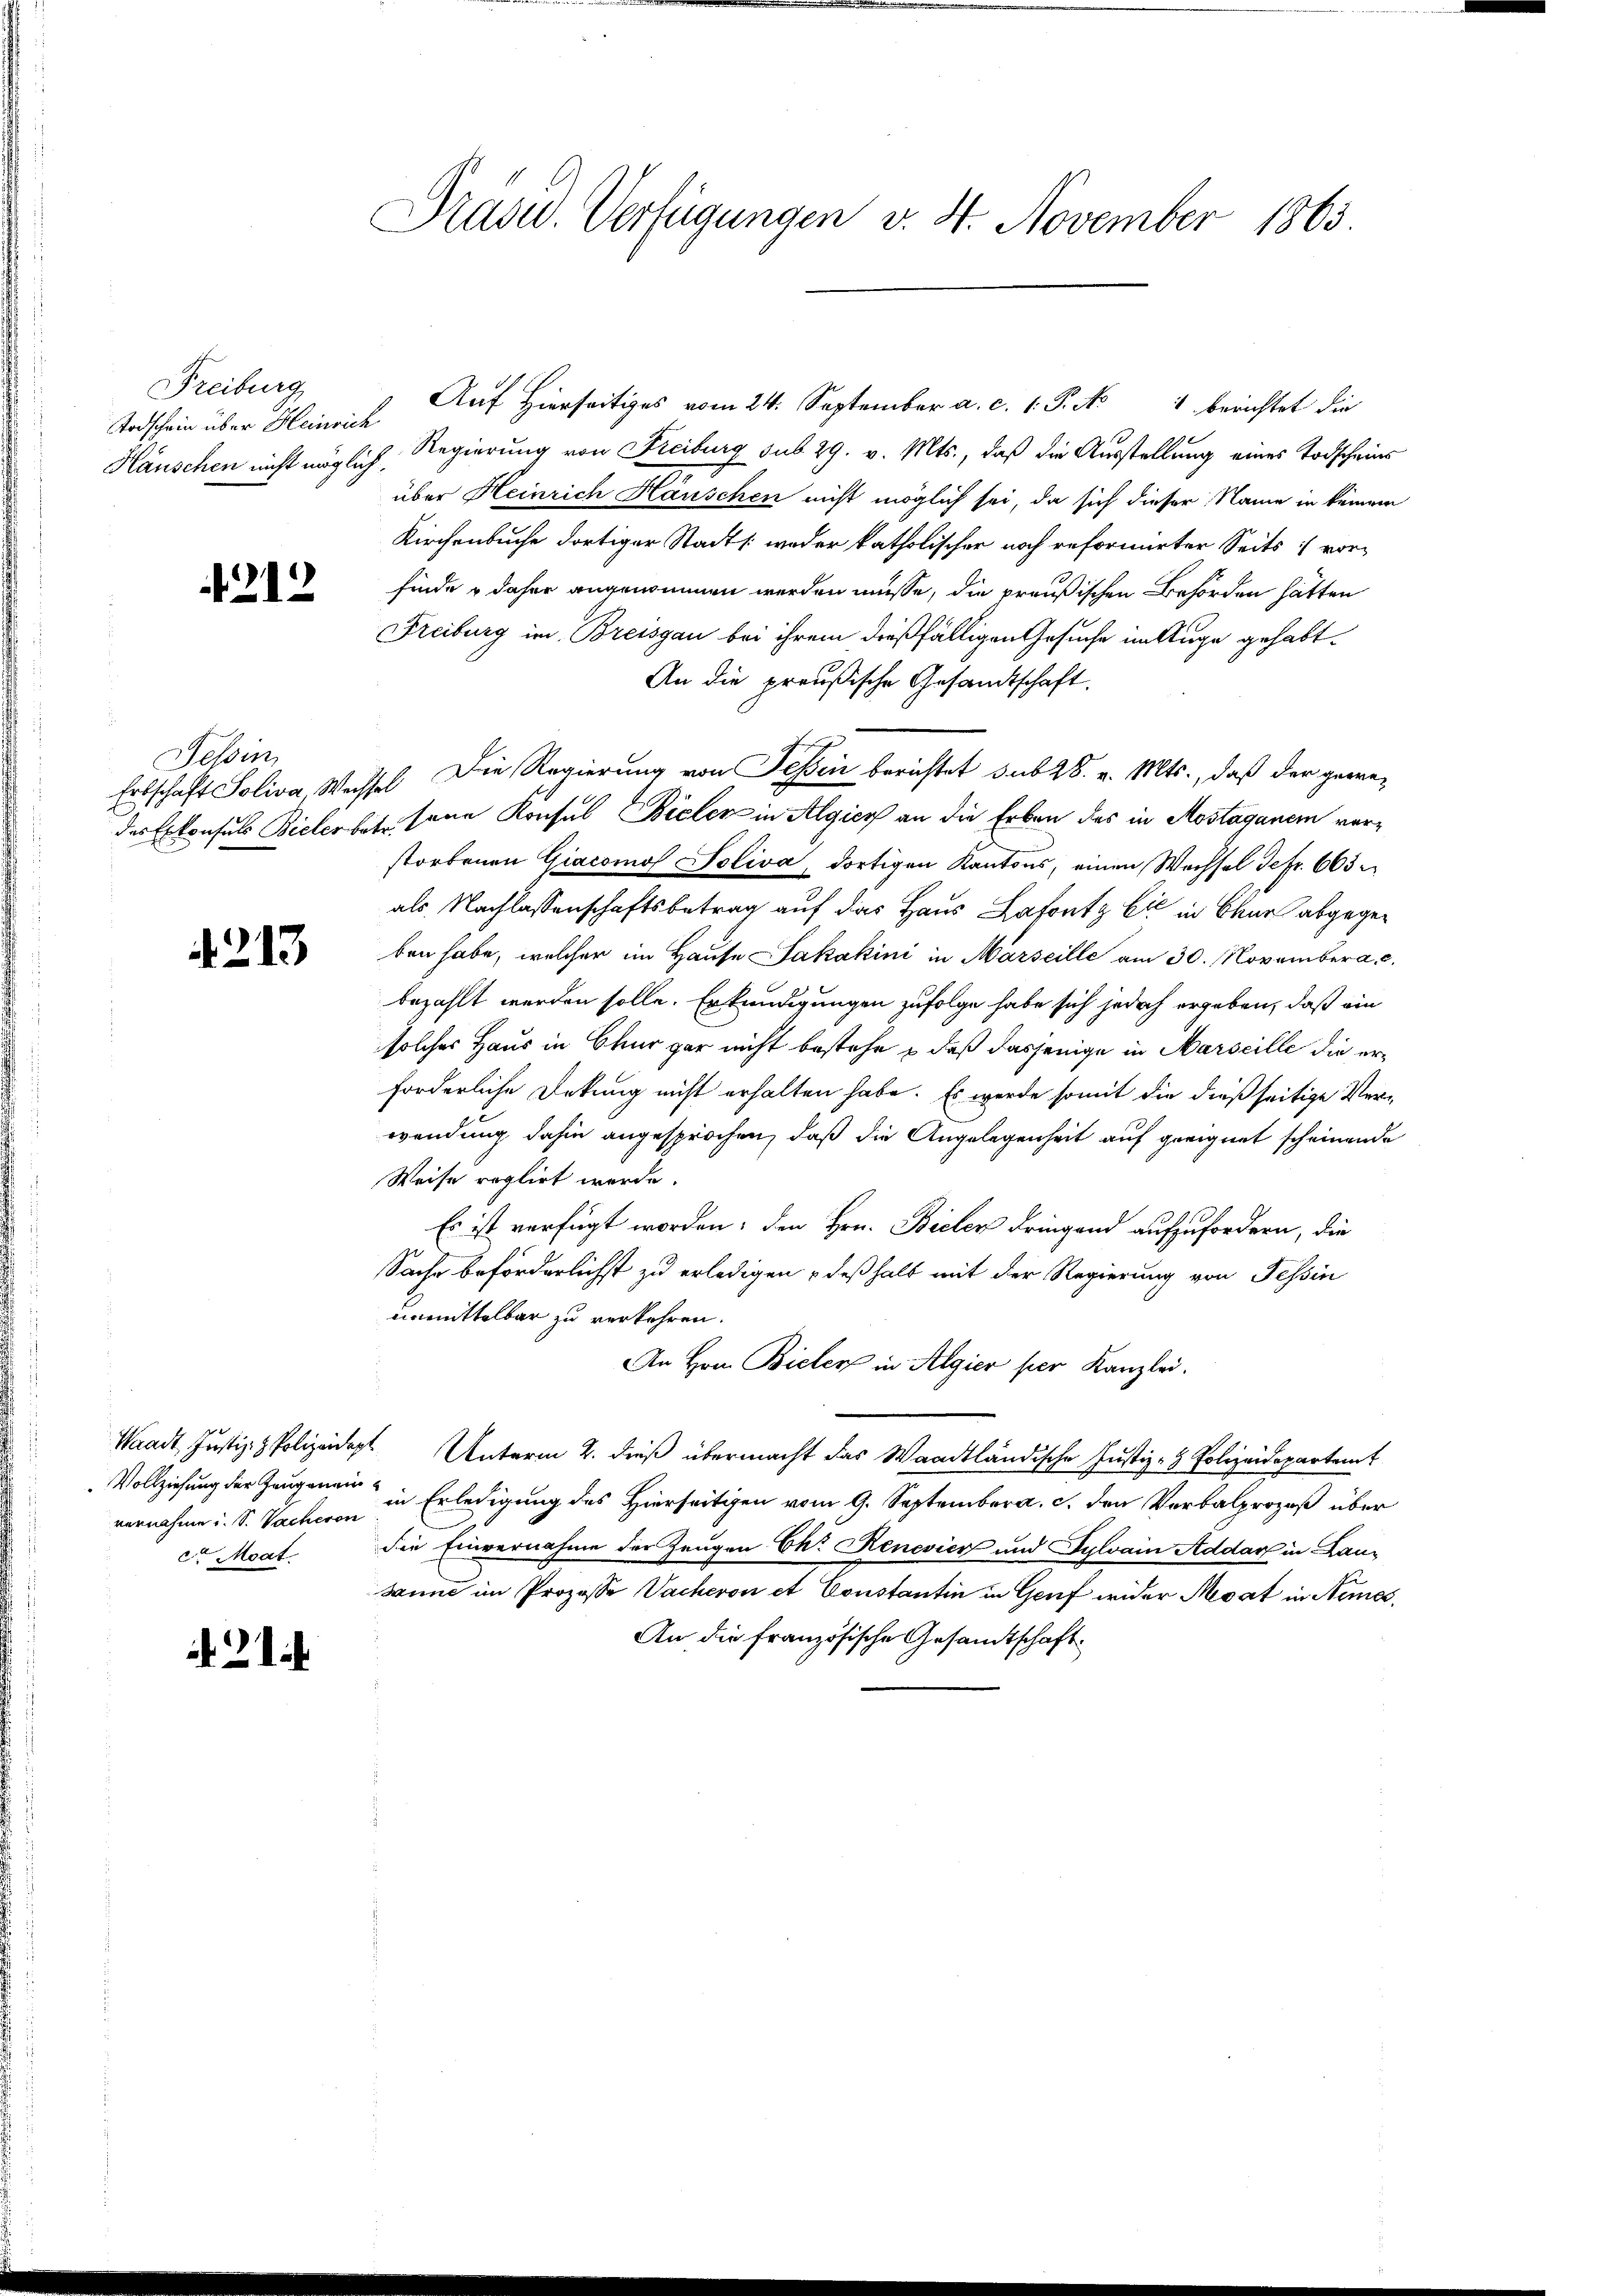
Freiburg
Todschein über Heinrich
Häuschen nicht möglich.

212

Tessin

213

vernahme u. S. Vacheron
 Moat.

21

Präsid. Verfügungen v. 4. November 1865

Auf Hierseitiges vom 24. September a. c. 1. P. No 1 berichtet die
Regierung von Freiburg sub 29. v. Mts., daß die Ausstellung eines Todscheins
über Heinrich Häuschen nicht möglich sei, da sich dieser Name in keinem
Kirchenbuche dortiger Stadt /: weder katholischer noch reformirter Seits vorfinde & daher angenommen werden müsse, die preußischen Behörden hätten
Freiburg im Breisgau bei ihrem dießfälligen Gesuche im Auge gehabt.
An die preußische Gesandtschaft.
Erbschaft Soliva, Weissel. Die Regierung von Fessen berichtet sub 28. v. Mts., daß der gewedes Exkonsuls Bielerbes seine Konsul Bieler in Algien an die Erben des in Aostagenem verstorbenen Giacomos Soliva, dortigen Kantons, einen Wechsel Sefr. 663
als Nachlassenschaftsbetrag auf das Haus Lafont bis in Chur abgegeben habe, welcher im Hause Jakakini in Marseille am 30. November a. c.
bezahlt werden solle. Erkundigungen zufolge habe sich jedoch ergeben, daß ein
solches Haus in Chur gar nicht bestehe & daß dasjenige in Marseille die erforderliche Dekung nicht erhalten habe. Es werde somit die dießseitige Verwendung dahin angesprochen, daß die Angelegenheit auf geeignet scheinende
Weise reglirt werde.
Es ist verfügt worden; den Hrn. Bielen dringend aufzufordern, die
Sache beförderlichst zu erledigen , deßhalb mit der Regierung von Tessin
unmittelbar zu verkehren.
An Hrn. Bieler in Algier per Kanzlei.
Waadt, Justiz- & Polizeidept Unterm 2. dieß übermacht das Waadtländische Justiz- & Polizeidepartamt
Vollziehung der Haugenau in Erledigung des Hierseitigen vom 9. September a. c. den Verbalprozeß über
die Einvernahme der Zeugen Ehr Renevier und Sylvain Addarf in Lauwind im Prozesse Vacheron et Constantin in Genf wider Mesat in Armes,
An die französische Gesandtschaft